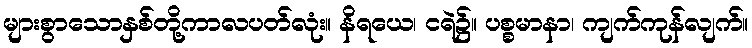
များစွာသောနှစ်တို့ကာလပတ်လုံး။ နိရယေ၊ ငရဲ၌။ ပစ္စမာနာ၊ ကျက်ကုန်လျက်။